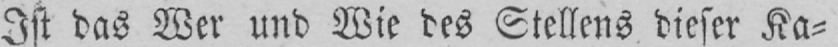
Ist das Wer und Wie des Stellens dieser Ka⸗